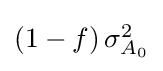
{\textstyle \left(1-f\right)\sigma _{A_{0}}^{2}}